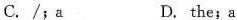
C. /; a D. the; a